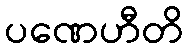
ပဏေဟီတိ